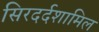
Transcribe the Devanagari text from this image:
सिरदर्दशामिल